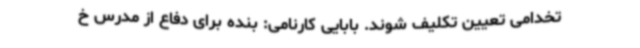
تخدامی تعیین تکلیف شوند. بابایی کارنامی: بنده برای دفاع از مدرس خ